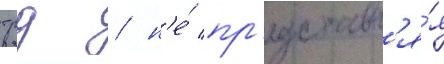
трд / н'е́ пр'едставл'я́я